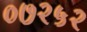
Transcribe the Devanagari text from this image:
०७२५२